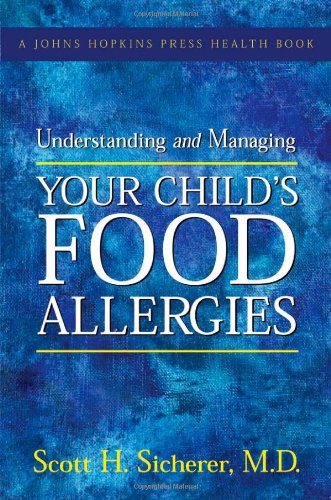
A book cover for Understanding and Managing Your Child's Food Allergies (A Johns Hopkins Press Health Book); Scott H. Sicherer; Health, Fitness & Dieting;